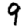
Digit: 9